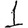
Digit: 1